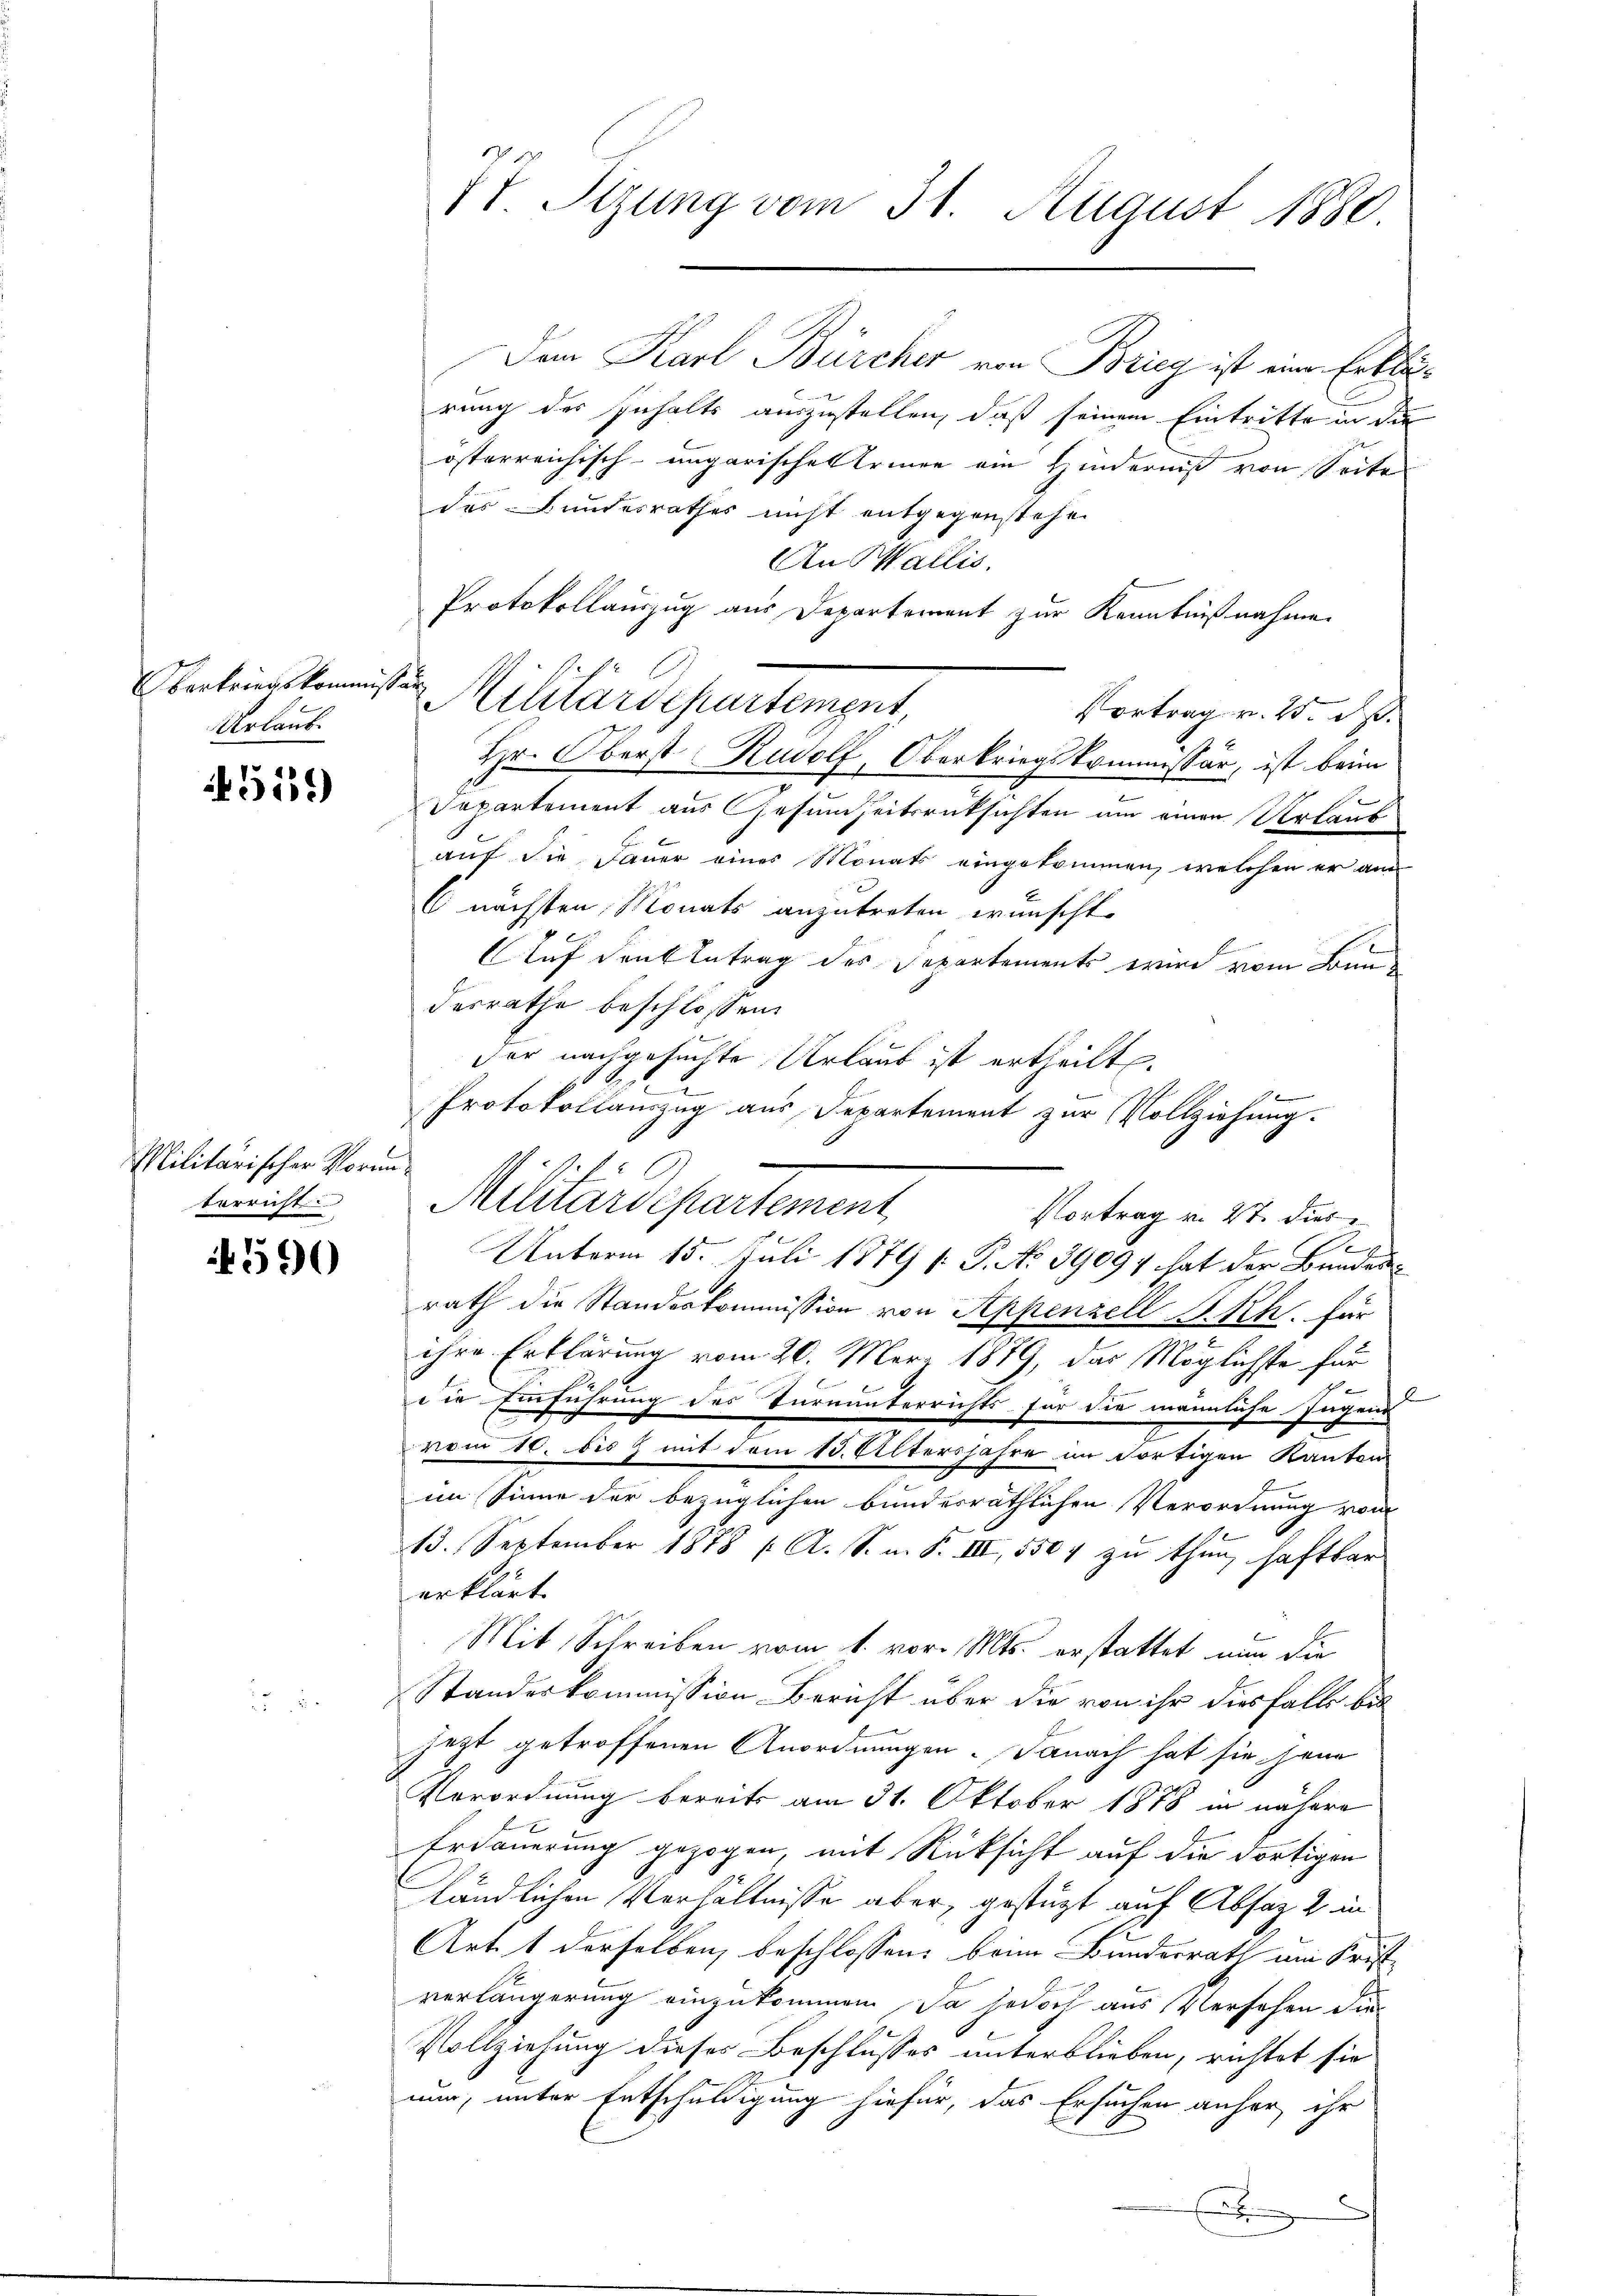
Obertriegskommission
Urlaub.

5150)

Militärischer Vormuterricht

if. 590

.
VI. Stzung vom 31. August 1880

Dem Karl Bürcher von Brieg ist ein Erklärung des Inhalts auszustellen, daß seinem Eintritte in die
österreichisch-ungarische Erinner am Hinderniß von Seite
des Bundesrathes nicht entgegenstehen
An Wallis.
Protokollauszug aus Departement zur Kenntnißnahme
Vortrag v. 25. Rp.
Hr. Oberst Rudolf, Oberkriegskommissär, ist beim
E
Departement aus Gesundheitsrücksichten um einen Urlaub
E
auf die Dauer eines Monats eingekommen, welchen er am
C nächsten Monats anzutreten wünscht.
Auf den Antrag des Departements wird vom Bundesrathe beschlossen:
der nachgesuchte Urlaub ist ertheilt.
22
Protokollauszug aus Departement zur Vollziehung.
Militärdepartement
Vortrag v. 27. dies
E
Unterm 15. Juli 1879 [ P. No 3909 hat der Bundesrath die Standeskommission von Appenzell A.Rh. für
ihre Erklärung vom 20. März 1879, das Möglichste für
9 x
die Einführung des Turnunterrichts für die männliche Jugend
vom 10. bis & mit vom 13. Altersjahre im Fortigen Kanton
im Sinne der bezüglichen bundesräthlichen Verordnung von
13. September 1878 f. A. S. m. F. III, 550 f zu thun, haftbar
erklärt.
Mit Schreiben vom 1. vor. Mts. erstattet nun die
Standeskommission Bericht über die von ihr diesfalls bis
heit getroffenen Anordnungen. Danach hat sie jene
Verordnung bereits am 31. Oktober 1878 in nähere
Erdauerung gezogen, mit Rücksicht auf die dortigen
fändlichen Verhältnisse aber, gestüzt auf Absaz 2 in
Art. 1 derselben beschlossen: beim Bundesrath am Frist
verlängerung einzukommen. Ja jedoch aus Versehen die
Vollziehung dieses Beschlusses unterblieben, richtet sie
nun, unter Entschuldigung hiefür, das Ersuchen anher ihr
.

Militärdepartement,